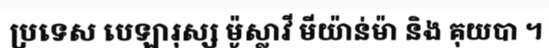
ប្រទេស បេឡារុស្ស ម៉ូស្លាវី មីយ៉ាន់ម៉ា និង គុយបា ។